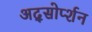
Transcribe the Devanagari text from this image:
अद्सोर्प्शन